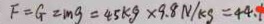
F = G = m g = 4 5 k g \times 9 . 8 N / k g = 4 4 . 1